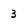
Character: 3